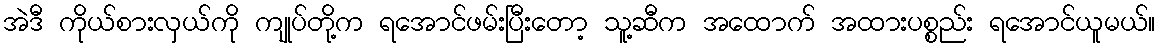
အဲဒီ ကိုယ်စားလှယ်ကို ကျုပ်တို့က ရအောင်ဖမ်းပြီးတော့ သူ့ဆီက အထောက် အထားပစ္စည်း ရအောင်ယူမယ်။